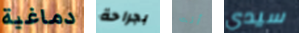
دماغية بجراحة أنت سيدي